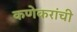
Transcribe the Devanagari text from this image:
कणेकरांची